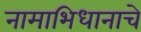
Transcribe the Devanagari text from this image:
नामाभिधानाचे